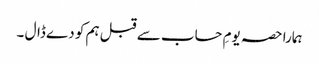
ہمارا حصہ یومِ حساب سے قبل ہم کو دے ڈال ۔